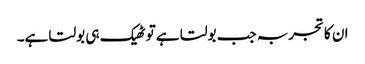
ان کا تجربہ جب بولتا ہے تو ٹھیک ہی بولتا ہے۔